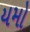
યમો